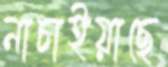
নাচাইয়াছে